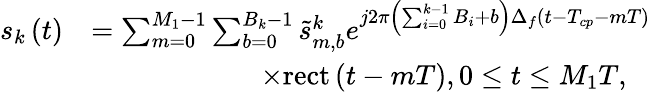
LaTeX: \begin{array}{rl}{{s_{k}}\left(t\right)}&{=\sum_{m=0}^{{M_{1}-1}}\sum_{b=0}^{{B_{k}-1}}{{\tilde{s}_{m,b}^{k}}{e^{j2\pi\left({\sum_{i=0}^{k-1}{{B_{i}}}+b}\right)\Delta_{f}\left({t-{T_{cp}}-m{T}}\right)}}}}\\ &{\qquad\qquad\qquad\times{\mathrm{{rect}}\left({t-m{T}}\right)},0\le t\le{M_{1}}{T},}\end{array}